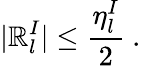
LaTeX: |\mathbb{R}_{l}^{I}|\leq\frac{{\eta_{l}^{I}}}{{2}}\ .